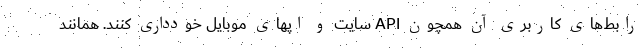
رابط‌های کاربری آن همچون API سایت و اپهای موبایل خودداری کنند. همانند